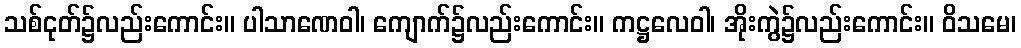
သစ်ငုတ်၌လည်းကောင်း။ ပါသာဏေဝါ၊ ကျောက်၌လည်းကောင်း။ ကဋ္ဌလေဝါ၊ အိုးကွဲ၌လည်းကောင်း။ ဝိသမေ၊